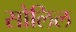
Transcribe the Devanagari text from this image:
सोलिल